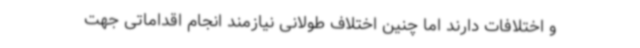
و اختلافات دارند اما چنین اختلاف طولانی نیازمند انجام اقداماتی جهت